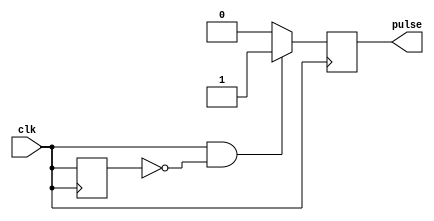
module Falling_Edge_Pulse_Generator(
    input wire clk, // Clock signal
    output reg pulse // Output pulse signal
);

reg prev_clk; // Previous clock state

always @(posedge clk) begin
    if (clk & !prev_clk) begin // Detect falling edge
        pulse <= 1; // Generate pulse
    end else begin
        pulse <= 0; // Reset pulse
    end
    prev_clk <= clk; // Store current clock state
end

endmodule